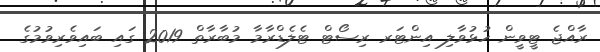
ރާއްޖެ ޓީވީން ހުޅުވާލި އިންޓަރ ރިސޯޓް ޓެލެޑްރާމާ މުބާރާތް 2019 ގައި ބައިވެރިވުމުގެ